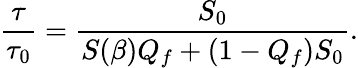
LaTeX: \frac{\tau}{\tau_{0}}=\frac{S_{0}}{S(\beta)Q_{f}+(1-Q_{f})S_{0}}.